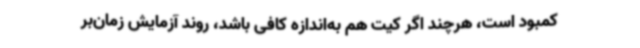
کمبود است، هرچند اگر کیت هم به‌اندازه کافی باشد، روند آزمایش زمان‌بر